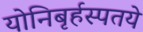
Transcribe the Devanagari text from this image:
योनिबृर्हस्पतये